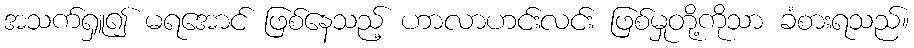
အသက်ရှူ၍ မရအောင် ဖြစ်နေသည့် ဟာလာဟင်းလင်း ဖြစ်မှုတို့ကိုသာ ခံစားရသည်။